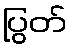
ပြွတ်